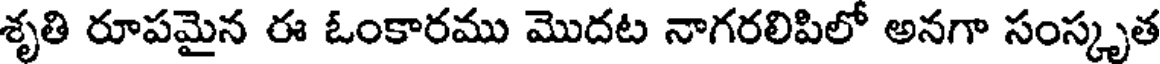
శృతి రూపమైన ఈ ఓంకారము మొదట నాగరలిపిలో అనగా సంస్కృత